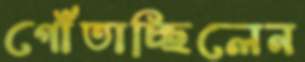
গোঁতাচ্ছিলেন